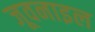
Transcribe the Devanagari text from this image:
जूवनाइल